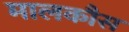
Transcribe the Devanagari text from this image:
मालकौस